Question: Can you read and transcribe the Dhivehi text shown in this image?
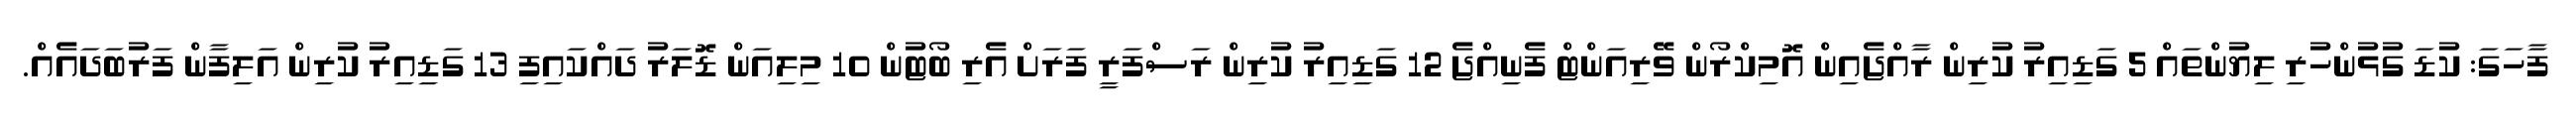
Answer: ފާހަގަ: ކުޑަ ގުޅުންހުރި ލިޔުންތައް 5 ގަޑިއިރު ކުރިން ރާއްޖެއިން އޮމިކްރޯން ވޭރިއަންޓް ފެނިއްޖެ 12 ގަޑިއިރު ކުރިން ރަސްފަރީ ފަރަށް އެރި ބޯޓުން 10 މިލިއަން ޑޮލަރު ދައްކައިފި 13 ގަޑިއިރު ކުރިން އަލިފާން ފަރުބަދައެއް.